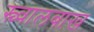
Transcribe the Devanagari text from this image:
स्च्वालबाख